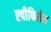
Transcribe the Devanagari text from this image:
एपीफिसेस